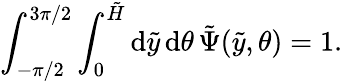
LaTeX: \int_{-\pi/2}^{3\pi/2}\int_{0}^{\tilde{H}}{\mathrm{d}}\tilde{y}\, {\mathrm{d}}\theta\, \tilde{\Psi}(\tilde{y},\theta)=1.